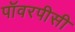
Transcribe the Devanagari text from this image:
पॉवरपीसी